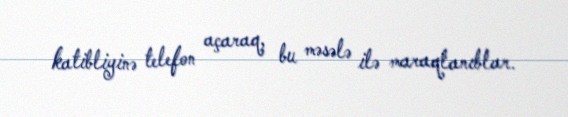
katibliyinə telefon açaraq, bu məsələ ilə maraqlanıblar.